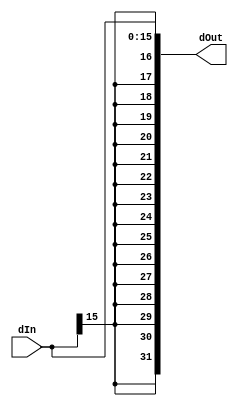
module SignExtension(dIn, dOut);
  parameter IN_BIT_WIDTH = 16;
  parameter OUT_BIT_WIDTH = 32;
  
  input [(IN_BIT_WIDTH-1):0]  dIn;
  output[(OUT_BIT_WIDTH-1):0] dOut;
  
  assign dOut = {{(OUT_BIT_WIDTH - IN_BIT_WIDTH){dIn[IN_BIT_WIDTH-1]}}, dIn};
endmodule